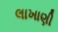
લાખાણી